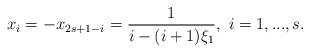
LaTeX: \begin{align*}x_i=-x_{2s+1-i}=\dfrac{1}{i-(i+1)\xi_1},\ i=1,...,s.\end{align*}